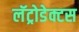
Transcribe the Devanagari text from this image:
लॅट्रोडेक्टस